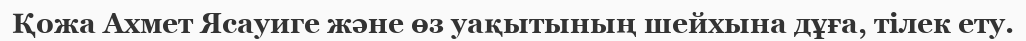
Қожа Ахмет Ясауиге және өз уақытының шейхына дұға, тілек ету.